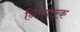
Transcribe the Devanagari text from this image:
निम्बारक